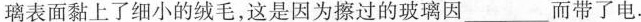
璃表面黏上了细小的绒毛，这是因为擦过的玻璃因___而带了电.